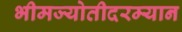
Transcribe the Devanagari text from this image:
भीमज्योतीदरम्यान